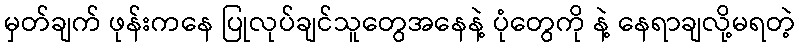
မှတ်ချက် ဖုန်းကနေ ပြုလုပ်ချင်သူတွေအနေနဲ့ ပုံတွေကို နဲ့ နေရာချလို့မရတဲ့